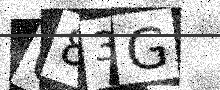
Text: 083G